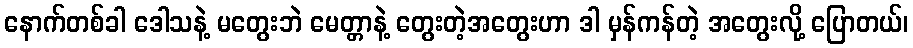
နောက်တစ်ခါ ဒေါသနဲ့ မတွေးဘဲ မေတ္တာနဲ့ တွေးတဲ့အတွေးဟာ ဒါ မှန်ကန်တဲ့ အတွေးလို့ ပြောတယ်၊